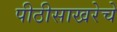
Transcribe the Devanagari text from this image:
पीठीसाखरेचे